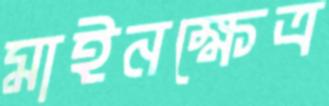
মাইনক্ষেত্র